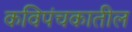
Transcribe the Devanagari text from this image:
कविपंचकातील